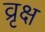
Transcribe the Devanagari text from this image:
व्रृक्ष